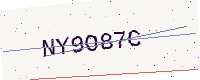
Text: NY9O87C